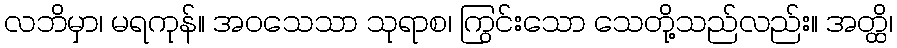
လဘိမှာ၊ မရကုန်။ အဝသေသာ သုရာစ၊ ကြွင်းသော သေတို့သည်လည်း။ အတ္ထိ၊